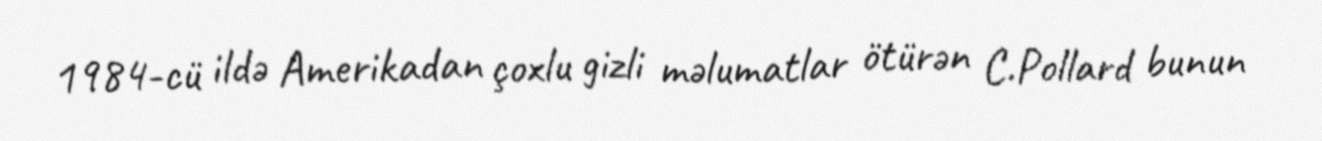
1984-cü ildə Amerikadan çoxlu gizli məlumatlar ötürən C.Pollard bunun